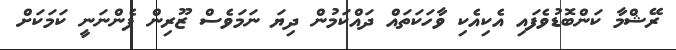
ރޭޝްމާ ކަންބޮޑުވެފައި އެކިއެކި ވާހަކަތައް ދައްކަމުން ދިޔަ ނަމަވެސް ޒޫރިން ފެންނަނީ ކަމަކަށް